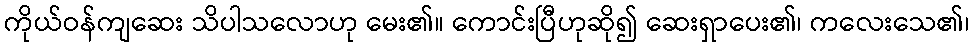
ကိုယ်ဝန်ကျဆေး သိပါသလောဟု မေး၏။ ကောင်းပြီဟုဆို၍ ဆေးရှာပေး၏၊ ကလေးသေ၏၊